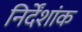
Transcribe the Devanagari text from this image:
निर्देंशांक